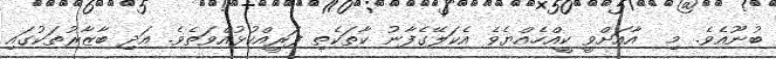
ބުނޫއެވެ. މި  އާއަށްވީ ކީއްހެއްޔެވެ އެކަލޭގެފާނު ކާތަކެތި ފަރީއްކުޅުއްވަތެވެ. އަދި ބާޒާރުތަކުގައި